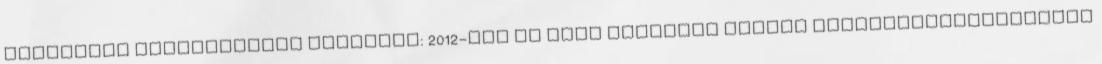
családias környezetben Alapítás: 2012-ben az Audi Hungaria Iskola Intézményegységeként